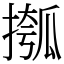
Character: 摦